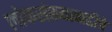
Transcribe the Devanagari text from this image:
लोकसंख्यावाढीचे